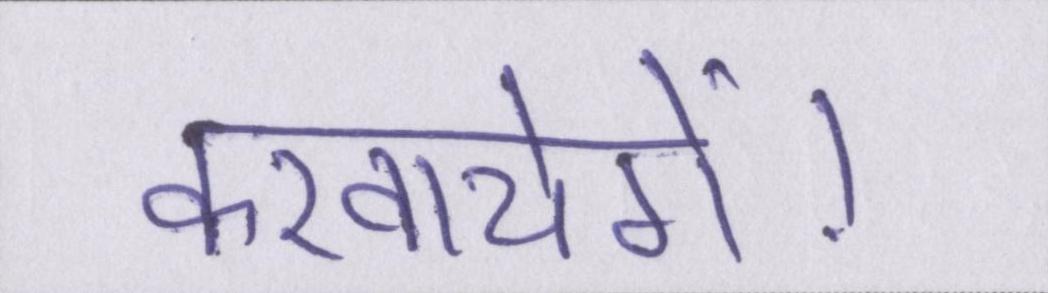
करवायेगें।